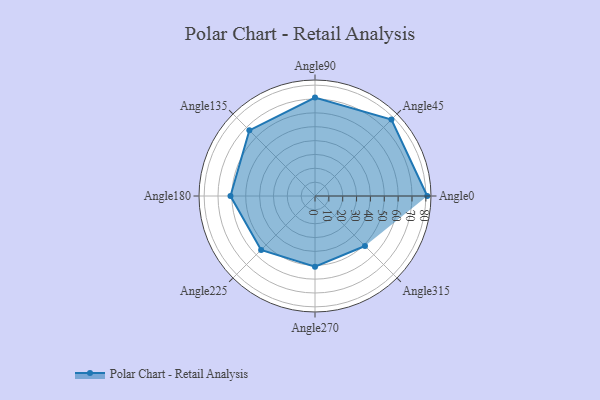
{"axis": {"x": "Angle", "y": "Radius"}, "legend": [""], "data": [{"x": "Angle0", "y": 81.0, "type": ""}, {"x": "Angle45", "y": 78.0, "type": ""}, {"x": "Angle90", "y": 71.0, "type": ""}, {"x": "Angle135", "y": 67.0, "type": ""}, {"x": "Angle180", "y": 61.0, "type": ""}, {"x": "Angle225", "y": 55.0, "type": ""}, {"x": "Angle270", "y": 51.0, "type": ""}, {"x": "Angle315", "y": 51.0, "type": ""}]}